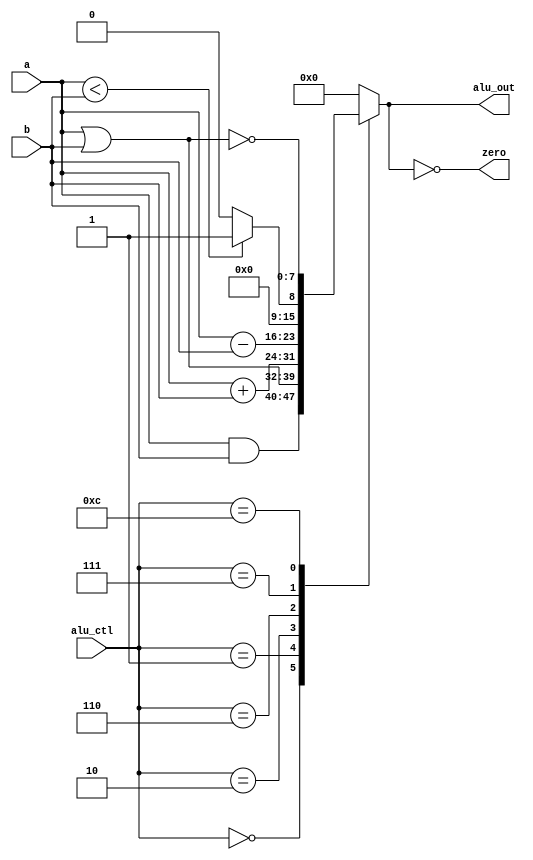
module mipsALU(alu_ctl, a, b, alu_out, zero);
	input [3:0] alu_ctl;
	input [7:0] a,b;
	output reg [7:0] alu_out;
	output zero;
	assign zero = (alu_out == 0); //zero is true if alu_out is 0; goes anywhere
	always @(alu_ctl, a, b) begin
		case(alu_ctl)
			4'b0000: alu_out = a & b; // and
			4'b0001: alu_out = a | b; // or
			4'b0010: alu_out = a + b; // add
			4'b0110: alu_out = a - b; // sub
			4'b0111: alu_out = a < b ?8'd1:8'd0 ; // slt
			4'b1100: alu_out = ~(a | b); // nor
			default: alu_out <= 0; // f all
		endcase
	end
endmodule